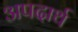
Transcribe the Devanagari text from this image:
अपदार्थ